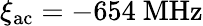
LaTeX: \xi_{\mathrm{ac}}=-654~\mathrm{MHz}